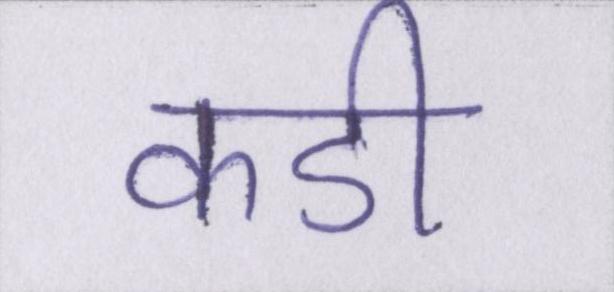
कडी